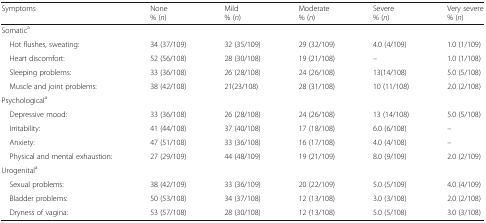
<table><thead><tr><td><b>Symptoms</b></td><td><b>None% (<i>n</i>)</b></td><td><b>Mild% (<i>n</i>)</b></td><td><b>Moderate% (<i>n</i>)</b></td><td><b>Severe% (<i>n</i>)</b></td><td><b>Very severe% (<i>n</i>)</b></td></tr></thead><tbody><tr><td colspan="6">Somatic<sup>a</sup></td></tr><tr><td> Hot flushes, sweating:</td><td>34 (37/109)</td><td>32 (35/109)</td><td>29 (32/109)</td><td>4.0 (4/109)</td><td>1.0 (1/109)</td></tr><tr><td> Heart discomfort:</td><td>52 (56/108)</td><td>28 (30/108)</td><td>19 (21/108)</td><td>–</td><td>1.0 (1/108)</td></tr><tr><td> Sleeping problems:</td><td>33 (36/108)</td><td>26 (28/108)</td><td>24 (26/108)</td><td>13(14/108)</td><td>5.0 (5/108)</td></tr><tr><td> Muscle and joint problems:</td><td>38 (42/108)</td><td>21(23/108)</td><td>28 (31/108)</td><td>10 (11/108)</td><td>2.0 (2/108)</td></tr><tr><td colspan="6">Psychological<sup>a</sup></td></tr><tr><td> Depressive mood:</td><td>33 (36/108)</td><td>26 (28/108)</td><td>24 (26/108)</td><td>13 (14/108)</td><td>5.0 (5/108)</td></tr><tr><td> Irritability:</td><td>41 (44/108)</td><td>37 (40/108)</td><td>17 (18/108)</td><td>6.0 (6/108)</td><td>–</td></tr><tr><td> Anxiety:</td><td>47 (51/108)</td><td>33 (36/108)</td><td>16 (17/108)</td><td>4.0 (4/108)</td><td>–</td></tr><tr><td> Physical and mental exhaustion:</td><td>27 (29/109)</td><td>44 (48/109)</td><td>19 (21/109)</td><td>8.0 (9/109)</td><td>2.0 (2/109)</td></tr><tr><td colspan="6">Urogenital<sup>a</sup></td></tr><tr><td> Sexual problems:</td><td>38 (42/109)</td><td>33 (36/109)</td><td>20 (22/109)</td><td>5.0 (5/109)</td><td>4.0 (4/109)</td></tr><tr><td> Bladder problems:</td><td>50 (53/108)</td><td>34 (37/108)</td><td>12 (13/108)</td><td>3.0 (3/108)</td><td>2.0 (2/108)</td></tr><tr><td> Dryness of vagina:</td><td>53 (57/108)</td><td>28 (30/108)</td><td>12 (13/108)</td><td>5.0 (5/108)</td><td>3.0 (3/108)</td></tr></tbody></table>